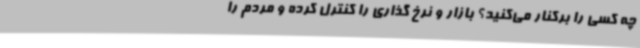
چه کسی را برکنار می‌کنید؟ بازار و نرخ گذاری را کنترل کرده و مردم را